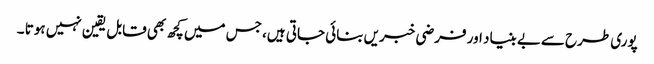
پوری طرح سےبے بنیاد اور فرضی خبریں بنائی جاتی ہیں، جس میں کچھ بھی قابل یقین نہیں ہوتا ۔